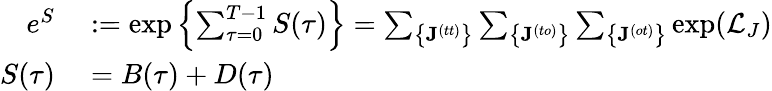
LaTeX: \begin{array}{rl}{e^{S}}&{{}:=\exp\left\{ \sum_{\tau=0}^{T-1}S(\tau)\right\} =\sum_{\big\{ \mathbf{J}^{(tt)}\big\} }\sum_{\big\{ \mathbf{J}^{(to)}\big\} }\sum_{\big\{ \mathbf{J}^{(ot)}\big\} }\exp(\mathcal{L}_{J})}\\ {S(\tau)}&{{}=B(\tau)+D(\tau)}\end{array}